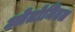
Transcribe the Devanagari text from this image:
ओतोमितल